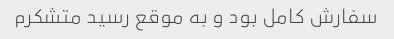
سفارش کامل بود و به موقع رسید متشکرم